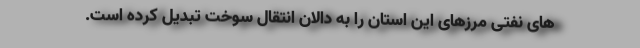
های نفتی مرزهای این استان را به دالان انتقال سوخت تبدیل کرده است.